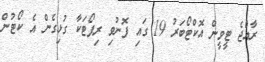
ރާއްޖެ ޓީވީން އޮކްޓޯބަރު 19 ގައި ފޮނުވި ރިޕޯޓަކާ ގުޅިގެން އެ ކޯޓުން